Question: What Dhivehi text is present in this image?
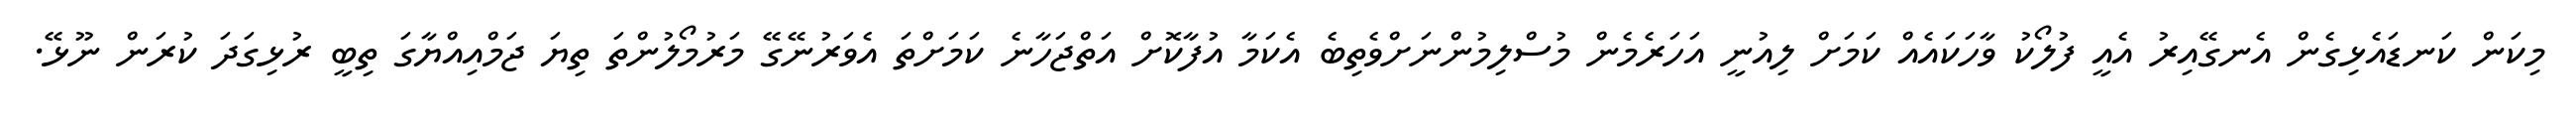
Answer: މިކަން ކަނޑައެޅިގެން އެނގޭއިރު އެއީ ފުލޯކު ވާހަކައެއް ކަމަށް ލިއުނީ އަހަރެމެން މުސްލިމުންނަށްވެތިބެ އެކަމާ އުފާކޮށް އަތްޖަހާނެ ކަމަށްތަ އެވަރުނޭގޭ މަރުމޯލުންތަ ތިޔަ ޖަމްއިއްޔާގަ ތިބީ ރުޅިގަދަ ކުރަން ނޫޅޭ.